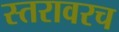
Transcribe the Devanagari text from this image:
स्तरावरच